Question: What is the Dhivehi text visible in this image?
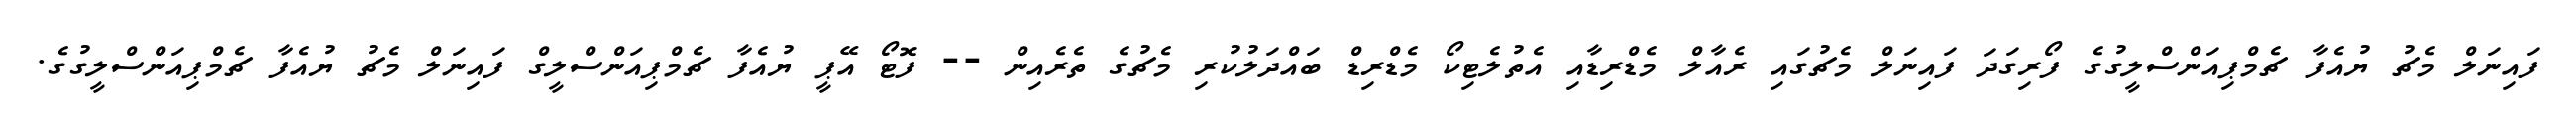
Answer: ފައިނަލް މެޗު ޔުއެފާ ޗެމްޕިއަންސްލީގުގެ ފޯރިގަދަ ފައިނަލް މެޗުގައި ރެއާލް މެޑްރިޑާއި އެތުލެޓިކޯ މެޑްރިޑް ބައްދަލުކުރި މެޗުގެ ތެރެއިން -- ފޮޓޯ އޭޕީ ޔުއެފާ ޗެމްޕިއަންސްލީގް ފައިނަލް މެޗު ޔުއެފާ ޗެމްޕިއަންސްލީގުގެ.